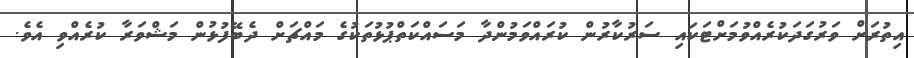
އިތުރަށް ވަރުގަދަކުރެއްވުމަށްޓަކައި ސަރުކާރުން ކުރައްވަމުންދާ މަސައްކަތްޕުޅުތަކުގެ މައްޗަށް ދެބޭފުޅުން މަޝްވަރާ ކުރެއްވި އެވެ.